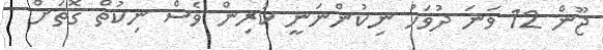
ޖޫން 12 ވަނަ ދުވަހު ނިކުންނަނީ ކުރިން ވެސް ނިކުތް ގޮތަށް